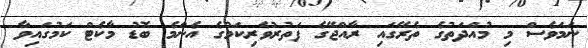
ނަމަވެސް މި މުއްދަތުގެ ތެރޭގައި ރާއްޖޭގެ ފަތުރުވެރިކަމުގެ އެންމެ ބޮޑު މާކެޓް ކަމުގައިވާ